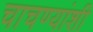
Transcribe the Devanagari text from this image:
चाचण्यांशी